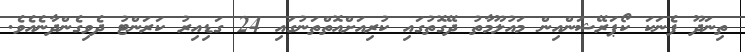
ތިނަދޫ ފެނަކަ ކޯޕަރޭޝަންއިން މައުލޫމާތު ދޭގޮތުގައި ކުރިއަށްއޮތްތަނުގައި 24 ގަޑިއިރު ކަރަންޓު ދެވިގެންދާނެއެވެ.